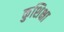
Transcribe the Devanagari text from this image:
कुशिक्षा